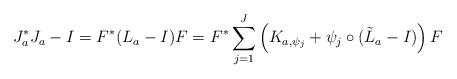
LaTeX: \begin{align*}J_a^* J_a-I=F^*(L_a-I)F=F^* \sum_{j=1}^J \left( K_{a,\psi_j}+\psi_j \circ (\tilde L_a-I) \right)F\end{align*}